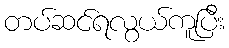
တပ်ဆင်ရလွယ်ကူပြီး